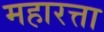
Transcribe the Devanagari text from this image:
महारत्ता